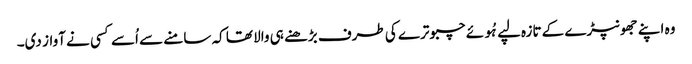
وہ اپنے جھونپڑے کے تازہ لپے ہُوئے چبوترے کی طرف بڑھنے ہی والا تھا کہ سامنے سے اُسے کسی نے آواز دی۔